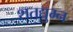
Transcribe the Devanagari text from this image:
शतद्युम्न